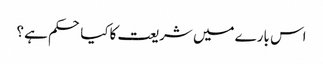
اس بارے میں شریعت کاکیا حکم ہے ؟